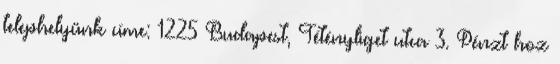
telephelyünk címe: 1225 Budapest, Tétényliget utca 3. Pénzt hoz